King Institute of Preventive Medicine Micro-Biological Section reports 1909-11
Year: 1909
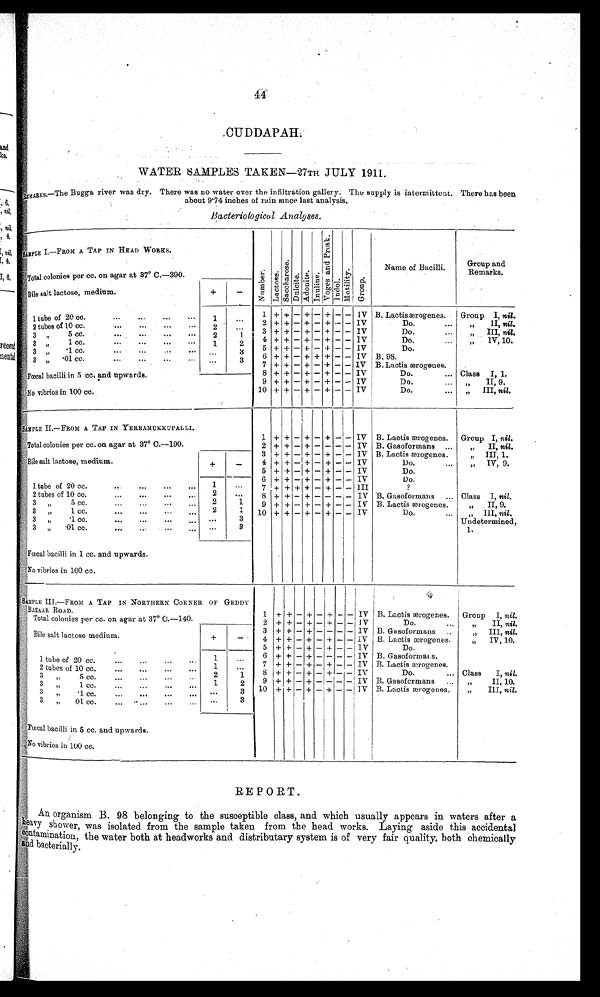
44
CUDDAPAH
WATER SAMPLES TAKEN—27TH JULY 1911.
REMARKS.—The Bugga river was dry. There was no water over the infiltration gallery. The supply is intermittent. There has been
about 9.74 inches of rain since last analysis.
B a c t e r i o l o g i c a l A n a l y s e s .
SAMPLE I.—FROM A TAP IN HEAD WORKS.
N u m b e r . L a c t o s e .
s a c c h a r o s e .
D u l c i t e .
A d o n i t e .
I n u l i n .
V o g e s a n d P r o s k .
I n d o l .
M o t i l i t y .
Gr oup.
Name of Bacilli.
Group and
Remarks.
Total colonies per cc. on agar at 37° C.—390.
Bile salt lactose, medium.
+
-
1 tube of 20 cc.
1
. . .
1 + +
- +
- +
- - IV B. Lactis ærogenes.
Group I, nil.
2 + +
- +
- +
- - IV
D o . . . .
„ I I ,
n i l
.
2 tubes of 10 cc.
...
2
. . .
3 + +
- + - +
- - IV
Do. ...
„ III, nil.
3 „ 5 cc.
...
...
. . .
. . .
2
1
4
+ + - + - + - - IV
Do. ...
„ I V , 1 0 .
3 „ . 1 c c .
...
...
...
. . .
1
2
5 + +
- +
- +
- - IV
D. ...
3 „
.1 cc
...
...
. . .
...
. . .
3
6 + +
- + + +
- - IV B.98.
3 „ .01 cc.
...
...
...
...
. . .
3 7 + +
- +
- + - - IV B. Lacti s æroenes.
Fœcal bacilli in 5 cc. and upwards.
8 + +
- +
- +
- - IV
Do.
... Class I, 1.
9
+ + - + - + - - IV
Do.
...
„ II, 9.
No vibrios in 100 cc.
10 + +
- +
- +
- - IV
Do.
... „ III, nil.
SAMPLE II.—FROM A TAP IN YERRAMUKKUPALLI.
1 + + - + - + - - IV B. Lactis ærogenes.
Group I, nil.
Total colonies per cc. on agar at 37° C.—190.
2 + +
- +
- - - - IV B. Gasoformans ...
„ II, nil.
Bile salt lactose, medium.
+
_
3 + +
- +
- +
- - IV B. Lactis ærogenes
„ III, 1.
4 + +
- +
- +
- - IV
Do.
„ I V , 9 .
5 + +
- +
- +
- - IV
Do.
1 tube of 20 cc.
...
...
. . .
1
. . .
6 + +
- +
- +
- - IV
Do.
7 + + + +
- +
- - III
?
2 tubes of 10 cc.
....
...
...
. . .
2
. . .
8 + +
- +
- - - - IV B. Gasoformans
... Class I, nil.
3 „ 5 cc.
...
...
...
. . .
2
1
9 + +
- +
- +
- - IV B. Lactis ærogenes.
„ 11, 9.
3 „ 1 cc.
...
...
...
. . .
2
1
10 + +
- +
- +
- - IV
Do.
„ I I I ,ni l .
Undetermined. 1
3 „ .1 cc.
...
...
...
. . .
. . .
3
3 „ .01 cc.
...
...
... ...
3
Fœcal bacilli in 1 cc. and upwards.
No vibrios in 100 cc.
SAMPLE III.—FROM A TAP IN NORTHERN CORNER OF GEDDY
BAZAAR ROAD.
1 + + - + - + - - IV B. Lactis ærogenes.
Group I, nil.
Total colonies per cc. on agar at 37° C.—140.
2 + +
- +
- +
- - IV
Do.
„ I I ,
n i l .
Bile salt lactose medium.
+ -
3 +
+ - + - - - - IV B. Gasoformans
..
„ III, nil.
4 + +
- +
- +
- - IV B. Lactis ærogenes.
„ IV, 10.
5 + +
- +
- +
- - IV
Do.
1 tube of 20 cc.
...
...
...
...
1
. . . 6 + +
- + - - - - IV B. Gasoformans.
7 + +
- + - +
- - IV B. Lactis ærogenes.
2 tubes of 10 cc.
...
...
...
...
1
. . . 8 + +
- +
- +
- - IV
Do.
... Class I, nil.
3 „ 5 cc.
...
...
...
2
1 9 + +
- + - - - - IV B. Gasoformans
...
„ II, 10.
3 „ 1 cc.
...
...
...
1
2 10 + +
- +
- +
- -I
I V B. Lactis ærogenes.
„ III, nil.
3 „ .1 cc.
...
. . .
. . .
. . .
3
3 „ 01 cc.
... ...
...
...
...
...
3
Fœcal bacilli in 5 cc. and upwards.
No vibrios in 100 cc.
REPORT.
An organism B. 98 belonging to the susceptible class, and which usually appears in waters after a
heavy shower, was isolated from the sample taken from the head works. Laying aside this accidental
contamination, the water both at headworks and distributary system is of very fair quality both chemically
and bacterially.